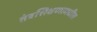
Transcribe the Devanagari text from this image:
तंत्रशिक्षणामधील